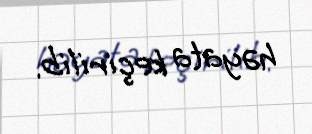
həyata keçirilib.